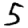
Digit: 5